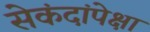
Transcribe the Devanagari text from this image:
सेकंदांपेक्षा